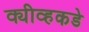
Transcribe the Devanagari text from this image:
क्यीव्हकडे